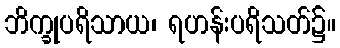
ဘိက္ခုပရိသာယ၊ ရဟန်းပရိသတ်၌။